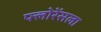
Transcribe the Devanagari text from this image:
फ्लोरेंसला